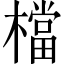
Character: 檔